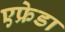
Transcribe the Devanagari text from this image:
एफ्रेडा